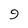
Character: 9